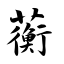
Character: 蘅